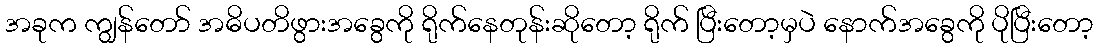
အခုက ကျွန်တော် အဓိပတိဖွားအခွေကို ရိုက်နေတုန်းဆိုတော့ ရိုက် ပြီးတော့မှပဲ နောက်အခွေကို ပိုပြီးတော့